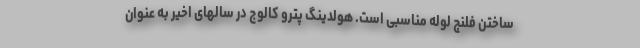
ساختن فلنج لوله مناسبی است. هولدینگ پترو کالوج در سالهای اخیر به عنوان